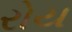
રોય